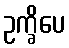
ဥက္ခိပေ